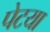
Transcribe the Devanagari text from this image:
पेटया